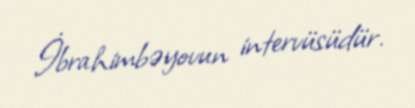
İbrahimbəyovun intervüsüdür.